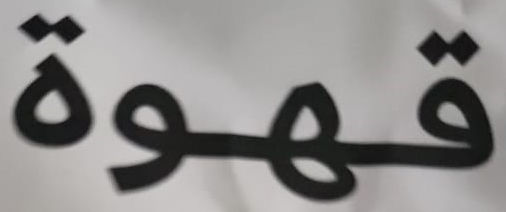
قهوة